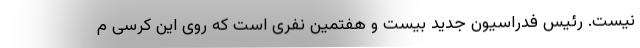
نیست. رئیس فدراسیون جدید بیست و هفتمین نفری است که روی این کرسی م